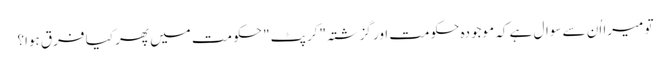
تو میرا اُن سے سوال ہے کہ موجودہ حکومت اور گزشتہ "کرپٹ" حکومت میں پھر کیا فرق ہوا؟